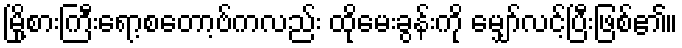
မြို့စားကြီးရော့စတော့ဗ်ကလည်း ထိုမေးခွန်းကို မျှော်လင့်ပြီးဖြစ်၏။